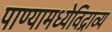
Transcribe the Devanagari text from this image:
पाण्यामध्येविद्राव्य